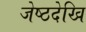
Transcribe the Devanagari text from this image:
जेष्ठदेखि